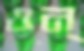
ওন্